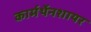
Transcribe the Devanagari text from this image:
कार्मर्थेनशायर